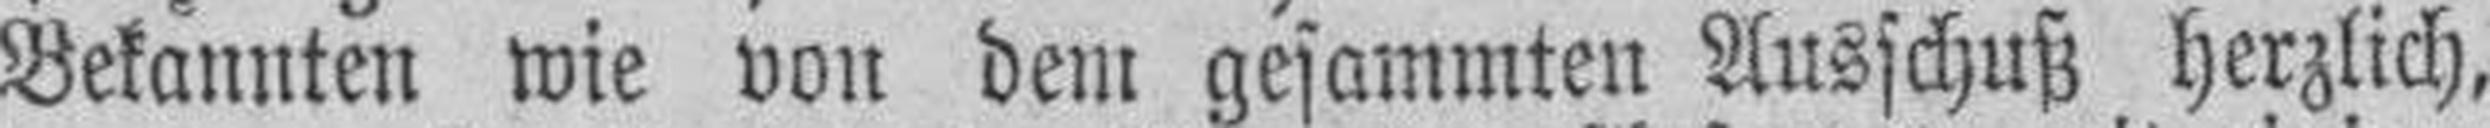
Bekannten wie von dem gesammten Ausschuß herzlich,